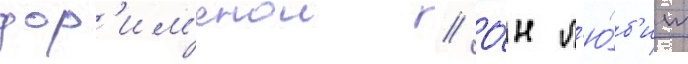
дор'им'енои // О́н л'ю́б'ит